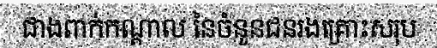
ជាងពាក់កណ្តាល នៃចំនួនជនរងគ្រោះសរុប